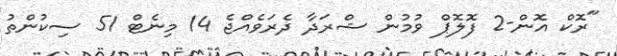
"ރޮކް އޮން-2 ފޮލޮޕް ވުމުން ޝްރަދާ ދެރަވެއްޖެ 14 މިނެޓް 51 ސިކުންތު